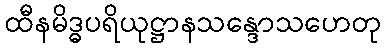
ထီနမိဒ္ဓပရိယုဋ္ဌာနသန္ဒောသဟေတု